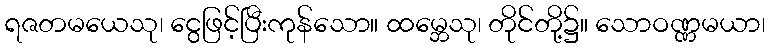
ရဇတမယေသု၊ ငွေဖြင့်ပြီးကုန်သော။ ထမ္ဘေသု၊ တိုင်တို့၌။ သောဝဏ္ဏမယာ၊